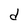
Character: d